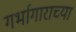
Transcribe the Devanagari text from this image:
गर्भागाराच्या